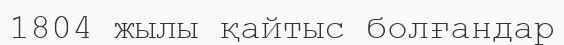
1804 жылы қайтыс болғандар